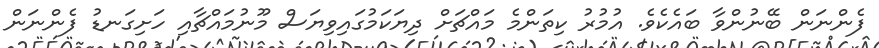
ފެންނަން ބޭނުންވާ ބައެކެވެ. އުމުރު ކިތަންމެ މައްޗަށް ދިޔަކަމުގައިވިޔަސް މޫނުމައްޗާއި ހަށިގަނޑު ފެންނަން